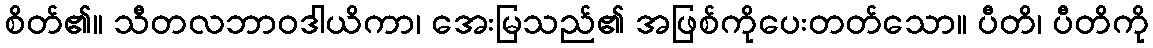
စိတ်၏။ သီတလဘာဝဒါယိကာ၊ အေးမြသည်၏ အဖြစ်ကိုပေးတတ်သော။ ပီတိ၊ ပီတိကို